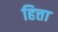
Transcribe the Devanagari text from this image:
हित्ता